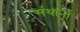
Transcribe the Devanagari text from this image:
संथानों